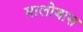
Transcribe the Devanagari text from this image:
मालोबास